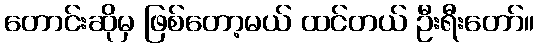
တောင်းဆိုမှ ဖြစ်တော့မယ် ထင်တယ် ဦးရီးတော်။